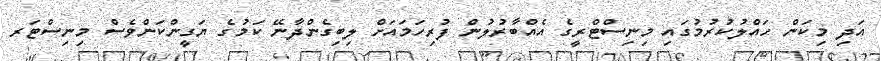
އަދި މިކަން ހައްލުކުރުމުގައި މިނިސްޓްރީގެ އެއްބާރުލުން ފުރިހަމައަށް ލިބިގެންދާނޭ ކަމުގެ ޔަގީންކަންވެސް މިނިސްޓަރ